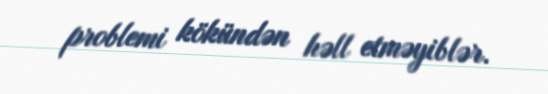
problemi kökündən həll etməyiblər.